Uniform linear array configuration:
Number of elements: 4
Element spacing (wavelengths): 0.5
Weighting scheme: hann
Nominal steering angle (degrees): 60
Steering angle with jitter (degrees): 60.16
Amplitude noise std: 0.05
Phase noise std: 0.05

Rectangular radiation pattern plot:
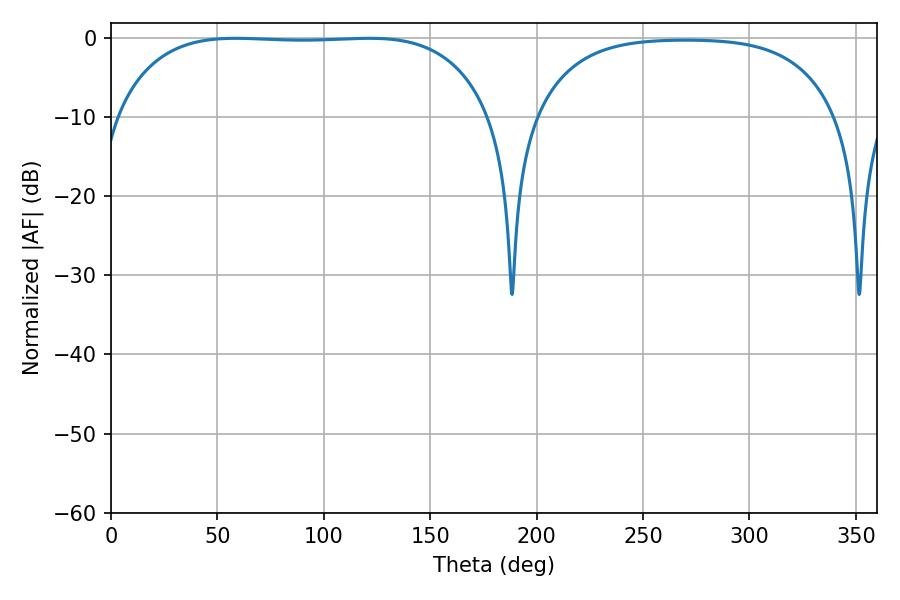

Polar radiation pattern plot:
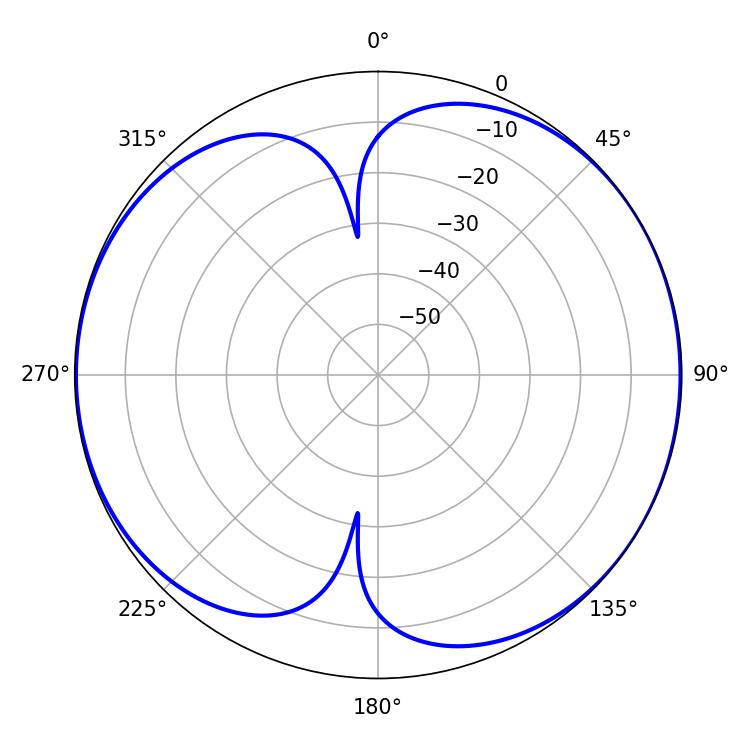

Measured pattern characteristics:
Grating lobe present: FALSE
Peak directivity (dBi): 7.024
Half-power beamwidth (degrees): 138.6
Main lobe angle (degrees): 58.68